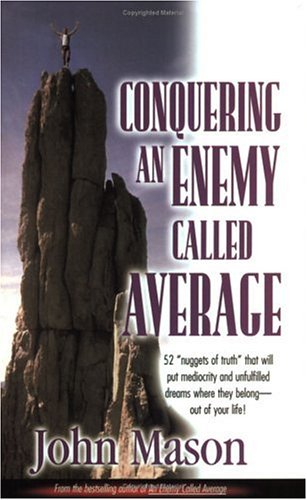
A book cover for Conquering an Enemy Called Average; John L. Mason; Christian Books & Bibles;